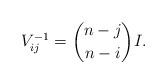
LaTeX: \begin{align*}V^{-1}_{ij}={n-j \choose n-i}I.\end{align*}